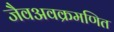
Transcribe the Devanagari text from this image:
जैवअवक्रमणित